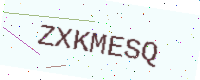
Text: ZXKMESQ